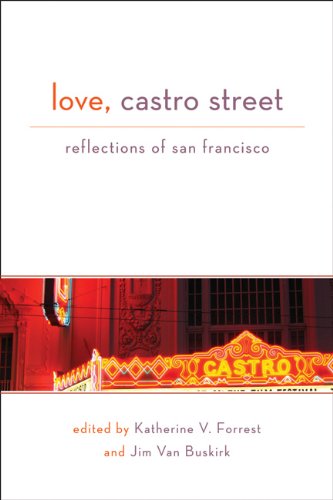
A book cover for Love, Castro Street: Reflections of San Francisco; Gay & Lesbian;